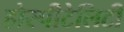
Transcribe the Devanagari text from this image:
होस्पीटेलिटी